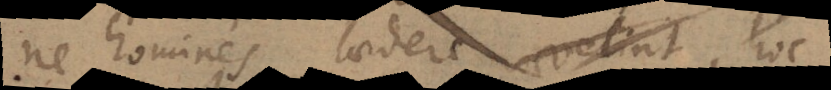
ne homines laedere vellent, hoc